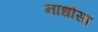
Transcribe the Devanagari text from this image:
नाधोसा